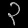
Digit: ၃